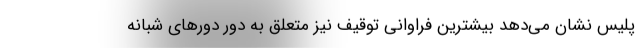
پلیس نشان می‌دهد بیشترین فراوانی توقیف نیز متعلق به دور دور‌های شبانه